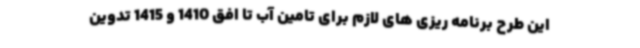
این طرح برنامه ریزی های لازم برای تامین آب تا افق 1410 و 1415 تدوین